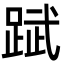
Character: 䟼